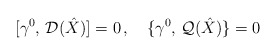
\begin{align*}[\gamma^0,\, {\cal D}(\hat X)]=0\,, \quad\{\gamma^0,\, {\cal Q}(\hat X)\}=0\end{align*}